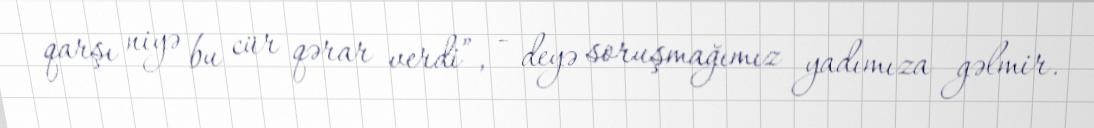
qarşı niyə bu cür qərar verdi”, - deyə soruşmağımız yadımıza gəlmir.